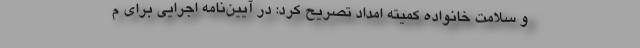
و سلامت خانواده کمیته امداد تصریح کرد: در آیین‌نامه اجرایی برای م